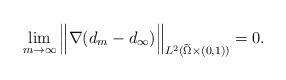
LaTeX: \begin{align*}\lim_{m\rightarrow\infty}\Big\|\nabla (d_m-d_\infty)\Big\|_{L^2(\widetilde\Omega\times (0,1))}=0.\end{align*}